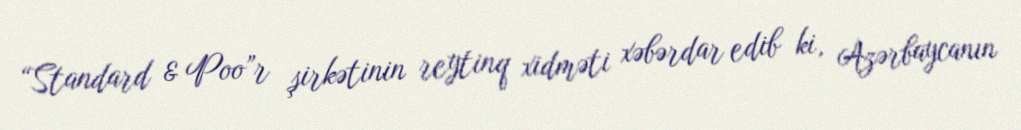
“Standard & Poo”r şirkətinin reytinq xidməti xəbərdar edib ki, Azərbaycanın